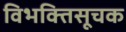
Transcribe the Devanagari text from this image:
विभक्तिसूचक